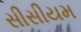
સીસીયમ